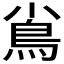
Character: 𩾟